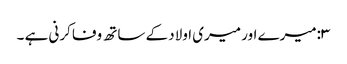
۳:میرے اور میری اولاد کے ساتھ وفا کرنی ہے ۔